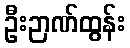
ဦးဉာဏ်ထွန်း